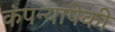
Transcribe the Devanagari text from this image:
कंपन्यापेकी